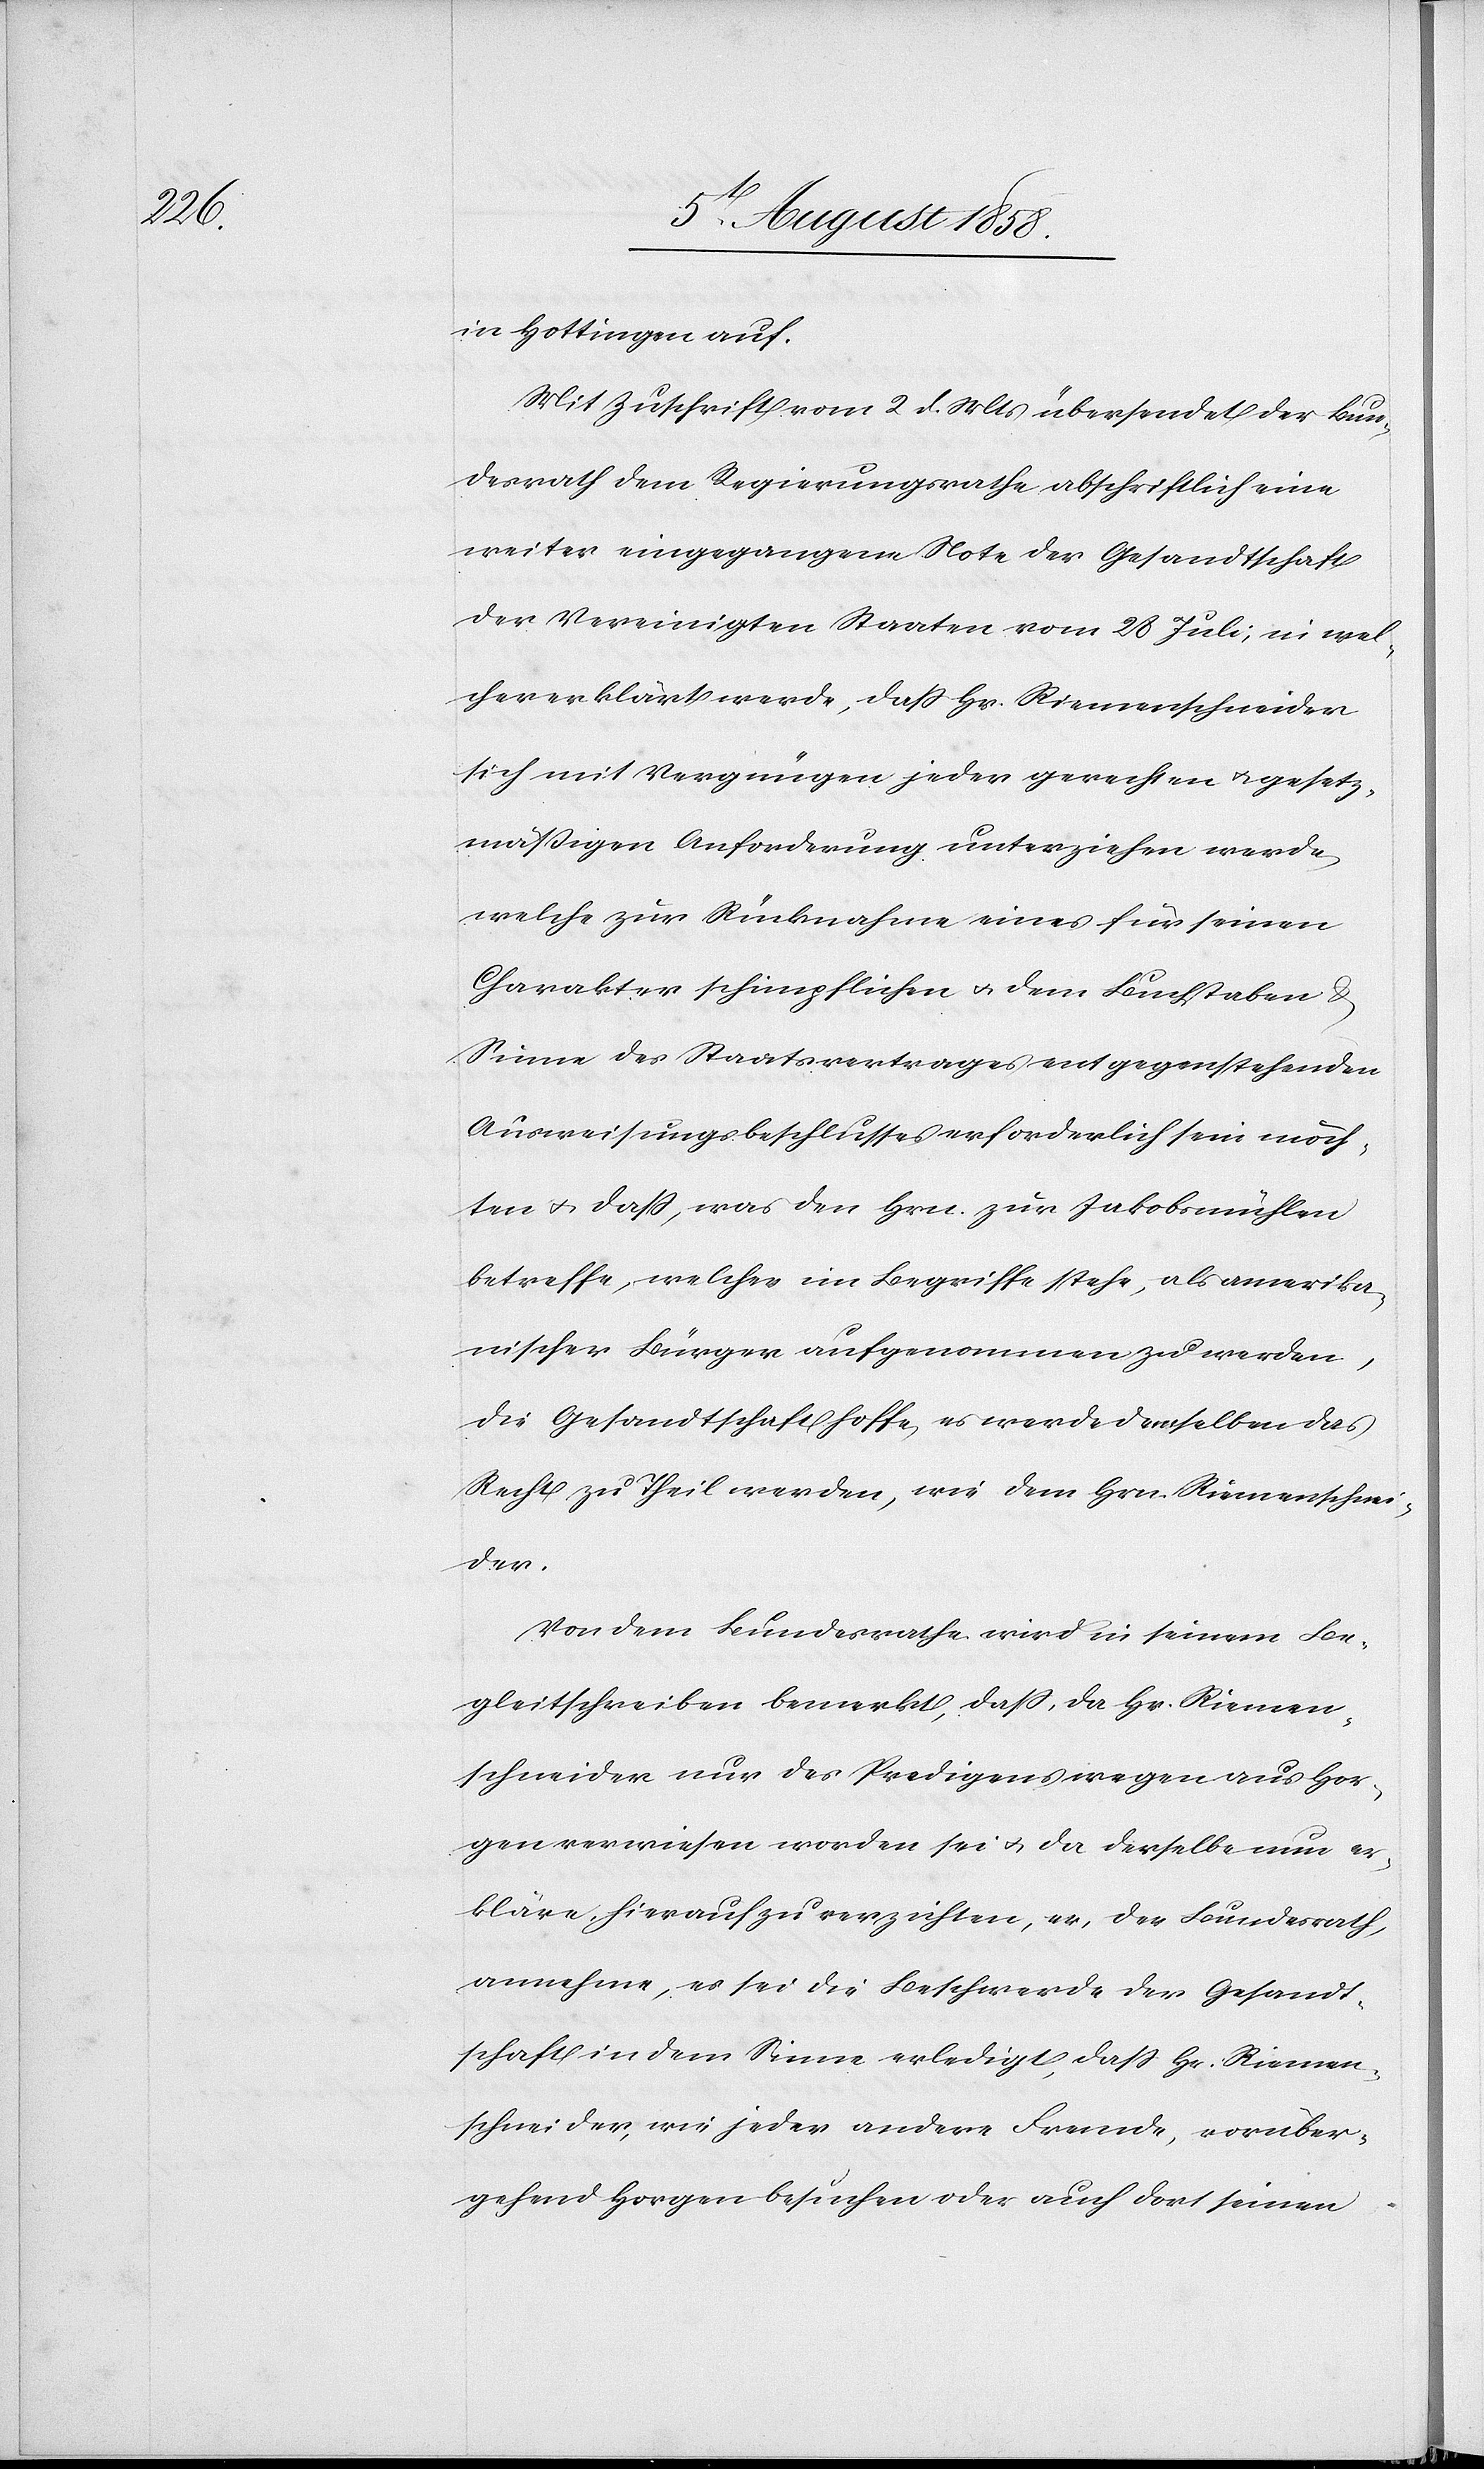
in Hottingen auf.
Mit Zuschrift vom 2 d. Mts übersendet der Bun¬
desrath dem Regierungsrathe abschriftlich eine
weiter eingegangene Note der Gesandtschaft
der Vereinigten Staaten vom 28 Juli, in wel¬
cher erklärt werde, dass Hr. Riemenschneider
sich mit Vergnügen jeder gerechten & gesetz¬
mäßigen Anforderung unterziehen werde,
welche zur Rücknahme eines für seinen
Charakter schimpflichen & dem Buchstaben &
Sinne des Staatsvertrages entgegenstehenden
Ausweisungsbeschlusses erforderlich sein möch¬
ten & dass, was den Hrn. zur Jakobsmühlen
betreffe, welcher im Begriffe stehe, als amerika¬
nischer Bürger aufgenommen zu werden,
die Gesandtschaft hoffe, es werde demselben das
Recht zu Theil werden, wie dem Hrn. Riemenschnei¬
der.
Von dem Bundesrathe wird in seinem Be¬
gleitschreiben bemerkt, dass, da Hr. Riemen¬
schneider nur des Predigens wegen aus Hor¬
gen verwiesen worden sei & da derselbe nun er¬
kläre, hierauf zu verzichten, er, der Bundesrath,
annehme, es sei die Beschwerde der Gesandt¬
schaft in dem Sinne erledigt, dass Hr. Riemen¬
schneider, wie jeder andere Fremde, vorüber¬
gehend Horgen besuchen oder auch dort seinen